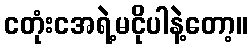
ငတုံးငအရဲ့မငိုပါနဲ့တော့။